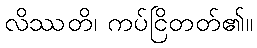
လိဿတိ၊ ကပ်ငြိတတ်၏။